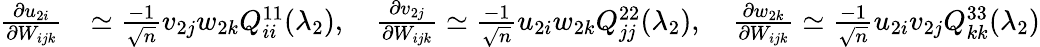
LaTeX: \begin{array}{rl}{\frac{\partial u_{2i}}{\partial W_{ijk}}}&{\simeq\frac{-1}{\sqrt n}v_{2j}w_{2k}Q_{ii}^{11}(\lambda_{2}),\quad\frac{\partial v_{2j}}{\partial W_{ijk}}\simeq\frac{-1}{\sqrt n}u_{2i}w_{2k}Q_{jj}^{22}(\lambda_{2}),\quad\frac{\partial w_{2k}}{\partial W_{ijk}}\simeq\frac{-1}{\sqrt n}u_{2i}v_{2j}Q_{kk}^{33}(\lambda_{2})}\end{array}